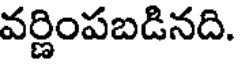
వర్ణింపబడినది.